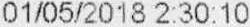
01/05/2018 2:30:10